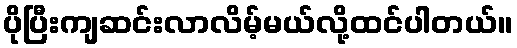
ပိုပြီးကျဆင်းလာလိမ့်မယ်လို့ထင်ပါတယ်။